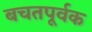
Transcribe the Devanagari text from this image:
बचतपूर्वक